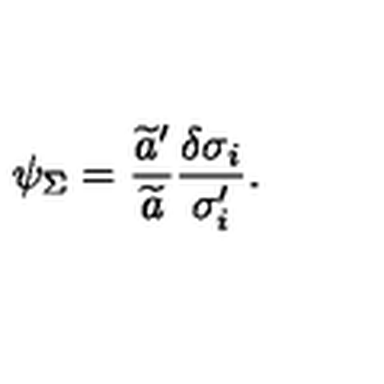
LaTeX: \psi _ { \Sigma } = { \frac { \widetilde { a } ^ { \prime } } { \widetilde { a } } } { \frac { \delta \sigma _ { i } } { \sigma _ { i } ^ { \prime } } } .